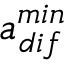
a _ { d i f } ^ { m i n }